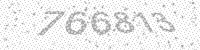
Solution: 766813